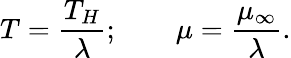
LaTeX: T={\frac{T_{H}}{\lambda}};\qquad\mu={\frac{\mu_{\infty}}{\lambda}}.